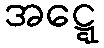
အဋ္ဋေ